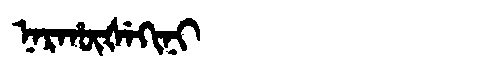
Manchu: ᠨᠠᡵᡥᡡᡧᡝᡴᡳᠨᡳ
Romanization: NARHŪŠEKINI